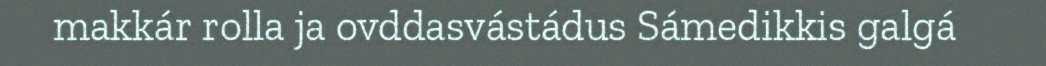
makkár rolla ja ovddasvástádus Sámedikkis galgá